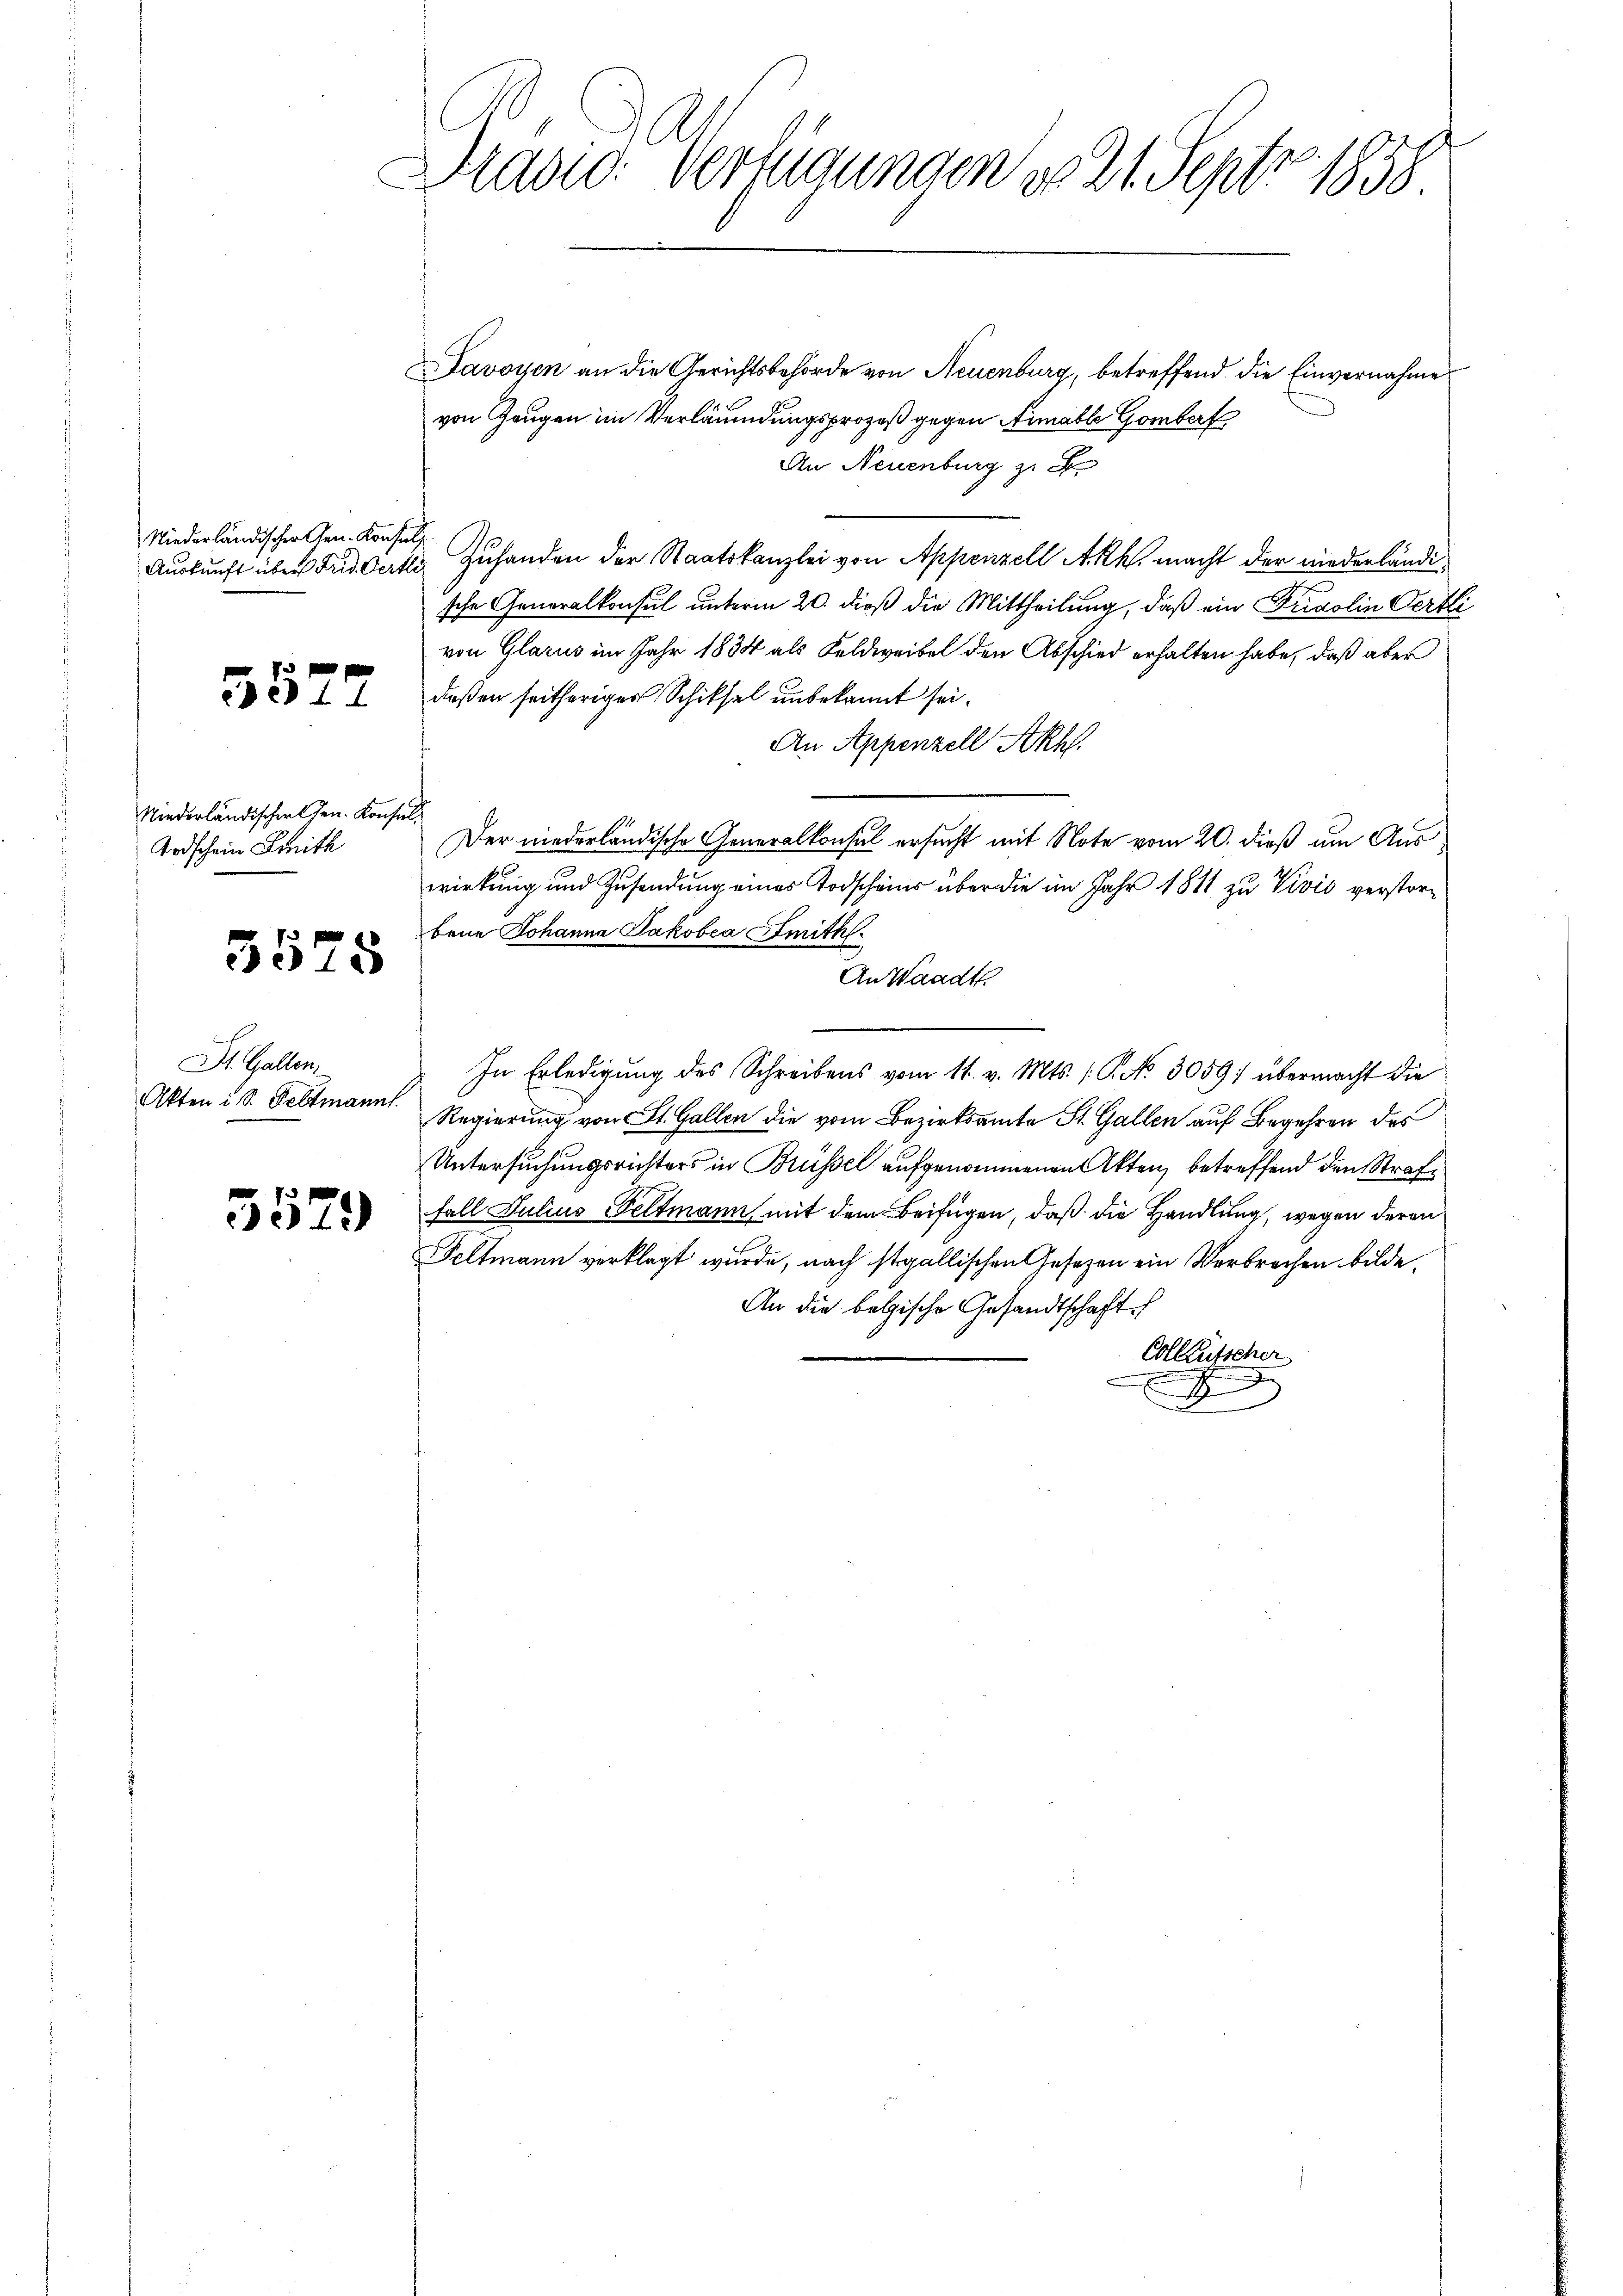
Niederländischer Gen. Konsuls

Niederländischer Gen. Konsul
Ardschein mith

5578

St. Gallen,
Akten i S. Peltmanns

5579

Drasio: Verfügungen do 21. Sept. 1858

Javoyen an die Gerichtsbehörde von Neuenburg, betreffend die Einvernahme
von Zeugen im Verläumdungsprozeß gegen Simalle Gombert
An Neuenburg z. B
Aŭskŭnft über Fridderte Zuhanden der Staatskanzlei von Appenzell A.Rh. macht der niederländische Generalkonsul unterm 20. dieß die Mittheilung, daß ein Fridolin Oertli
von Glarus im Jahr 1834 als Feldweibel den Abschied erhalten habe, daß aber
 224 deßen seitheriger Schiksal unbekannt sei.
An Appenzell Akh.
Der niederländische Generalkonsul ersucht mit Note vom 20. dieß um Auswirkung und Zusendung eines Todscheins über die im Jahr 1811 zu Vivić verstorbene Johanna Jakobea Smith
An Waadt.
In Erledigung des Schreibens vom 11. v. Mts. 1. No. 3059) übermacht die
Regierung von St. Gallen die vom Bezirksamte St. Gallen auf Begehren des
Untersuchungsrichters in Brüssel aufgenommenen Akten betreffend den Strafe
Fall Julius Peltmann mit dem Beifügen, daß die Handlung, wegen deren
Feltmann verklagt wurde, nach stgallischen Gesetzen ein Verbrechen bilde.
An die belgische Gesandtschaft
Colleutscher
n